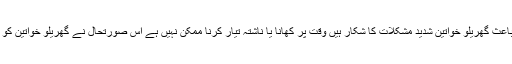
گیس کی بندش اور کم پریشرکے باعث گھریلو خواتین شدید مشکلات کا شکار ہیں وقت پر کھانا یا ناشتہ تیار کرنا ممکن نہیں ہے اس صورتحال نے گھریلو خواتین کو ذہنی اذیت میں مبتلا کر رکھا ہے۔